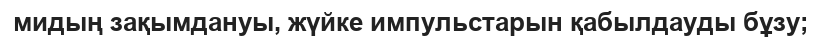
мидың зақымдануы, жүйке импульстарын қабылдауды бұзу;